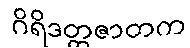
ဂိရိဒတ္တဇာတက